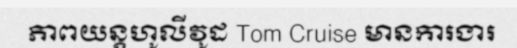
ភាពយន្តហូលីវូដ Tom Cruise មានការងារ